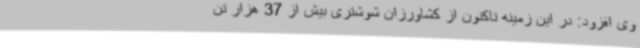
وی افزود: در این زمینه تاکنون از کشاورزان شوشتری بیش از 37 هزار تن